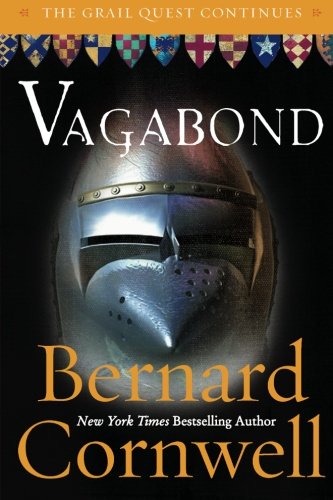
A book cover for Vagabond (The Grail Quest, Book 2); Bernard Cornwell; Literature & Fiction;